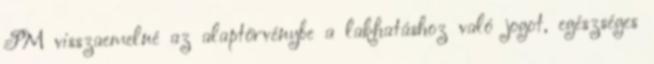
PM visszaemelné az alaptörvénybe a lakhatáshoz való jogot, egészséges